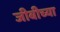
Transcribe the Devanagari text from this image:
जीबीच्या